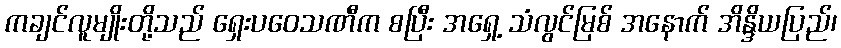
ကချင်လူမျိုးတို့သည် ရှေးပဝေသဏီက စပြီး အရှေ့ သံလွင်မြစ် အနောက် အိန္ဒိယပြည်၊